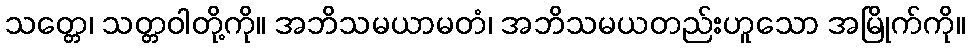
သတ္တေ၊ သတ္တဝါတို့ကို။ အဘိသမယာမတံ၊ အဘိသမယတည်းဟူသော အမြိုက်ကို။